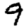
Digit: 9